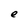
Character: e